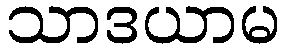
သာဒယာမ